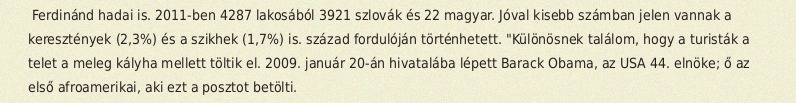
Ferdinánd hadai is. 2011-ben 4287 lakosából 3921 szlovák és 22 magyar. Jóval kisebb számban jelen vannak a keresztények (2,3%) és a szikhek (1,7%) is. század fordulóján történhetett. "Különösnek találom, hogy a turisták a telet a meleg kályha mellett töltik el. 2009. január 20-án hivatalába lépett Barack Obama, az USA 44. elnöke; ő az első afroamerikai, aki ezt a posztot betölti.